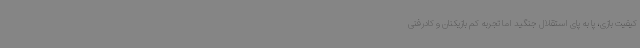
کیفیت بازی، پا به پای استقلال جنگید اما تجربه کم بازیکنان و کادرفنی